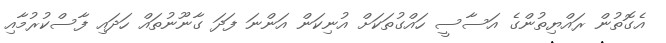
އެގޮތުން ރައްޔިތުންގެ އަސާސީ ހައްގުތަކަށް އުނިކަން އަންނަ ފަދަ ގާނޫނުތައް ހަދައި ފާސްކުރުމާއި